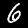
Label: 6